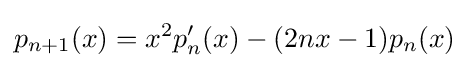
p_{n+1}(x)=x^{2}p_{n}'(x)-(2nx-1)p_{n}(x)